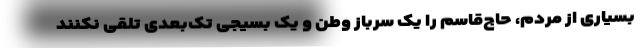
بسیاری از مردم، حاج‌قاسم را یک سرباز وطن و یک بسیجی تک‌بعدی تلقی نکنند